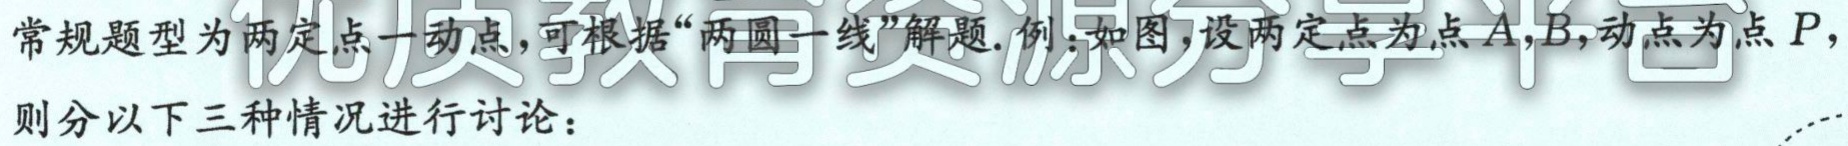
常规题型为两定点一动点，可根据“两圆一线”解题. 例：如图，设两定点为点\(A,B\)，动点为点\(P\)，
则分以下三种情况进行讨论：